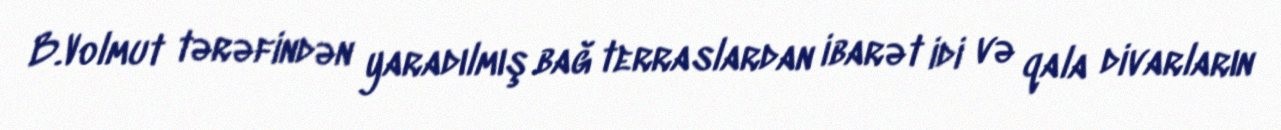
B.Volmut tərəfindən yaradılmış bağ terraslardan ibarət idi və qala divarların